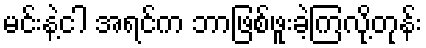
မင်းနဲ့ငါ အရင်က ဘာဖြစ်ဖူးခဲ့ကြလို့တုန်း